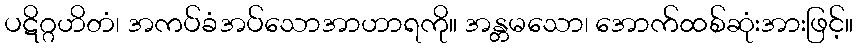
ပဋိဂ္ဂဟိတံ၊ အကပ်ခံအပ်သောအာဟာရကို။ အန္တမသော၊ အောက်ထစ်ဆုံးအားဖြင့်။